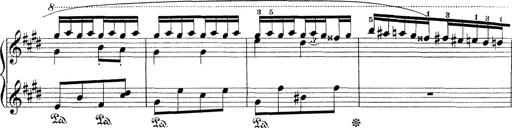
Title: Le rossignol
Composer: Franz Liszt